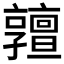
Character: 𠆞